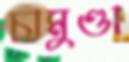
চামুণ্ডা